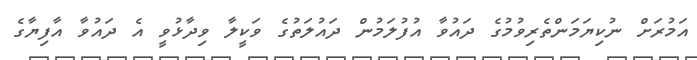
އަމުރަށް ނުކިޔަމަންތެރިވުމުގެ ދައުވާ އުފުލަމުން ދައުލަތުގެ ވަކީލާ ވިދާޅުވީ އެ ދައުވާ އާފިޔާގެ